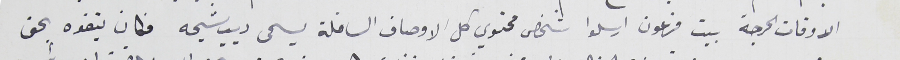
الاوقات الحرجة بيت فرعون ارسلوا شخص محتوي كل الاوصاف السافلة يسمى ديب شيحه فكان يتفوه بحق